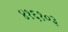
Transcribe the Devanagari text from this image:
४१६१०३